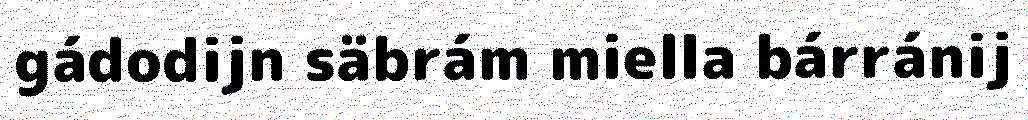
gádodijn säbrám miella bárránij